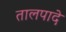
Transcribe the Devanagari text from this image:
तालपादे